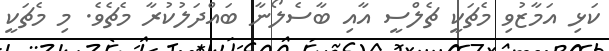
ކަޅި އަމާޒުވި މެޗަކީ ޗެލްސީ އާއި ބާސެލޯނާ ބައްދަލުކުރާ މެޗެވެ. މި މެޗަކީ